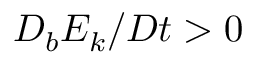
D _ { b } E _ { k } / D t > 0